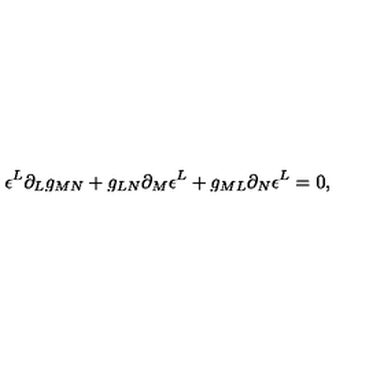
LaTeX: \epsilon ^ { L } \partial _ { L } g _ { M N } + g _ { L N } \partial _ { M } \epsilon ^ { L } + g _ { M L } \partial _ { N } \epsilon ^ { L } = 0 ,